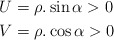
\begin{align*}U&=\rho .\sin \alpha >0 \\V&=\rho .\cos \alpha >0 \end{align*}